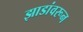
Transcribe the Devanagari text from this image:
झाडांवरून